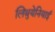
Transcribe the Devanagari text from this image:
लिथुयेनियाई